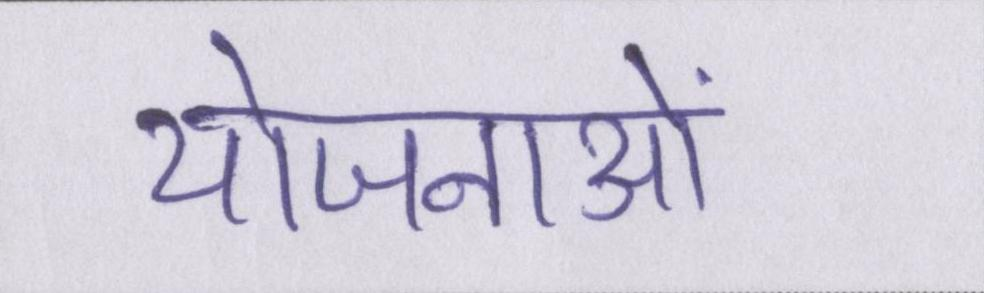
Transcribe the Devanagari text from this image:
योजनाओं